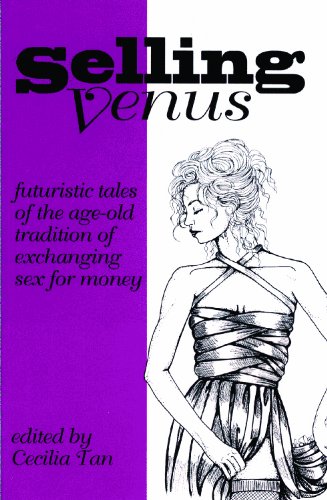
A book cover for Selling Venus: Futuristic Tales of the Age Old Tradition of Exchanging Sex for Money; Romance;